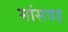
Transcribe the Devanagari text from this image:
मांसवह